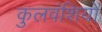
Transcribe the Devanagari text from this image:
कुलवंशियों